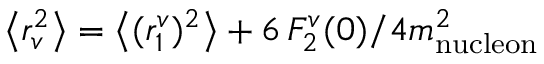
\left< r _ { v } ^ { 2 } \right> = \left< ( r _ { 1 } ^ { v } ) ^ { 2 } \right> + 6 \, F _ { 2 } ^ { v } ( 0 ) / 4 m _ { \mathrm { n u c l e o n } } ^ { 2 }